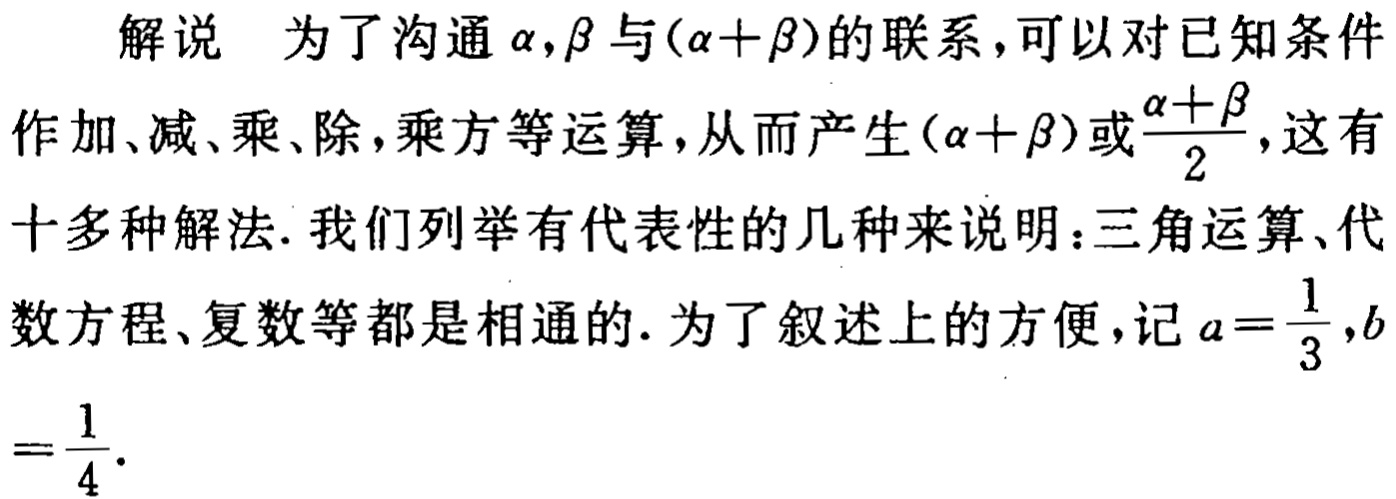
解说 为了沟通\(\alpha,\beta\)与\((\alpha + \beta)\)的联系，可以对已知条件作加、减、乘、除，乘方等运算，从而产生\((\alpha + \beta)\)或\(\frac{\alpha + \beta}{2}\)，这有十多种解法. 我们列举有代表性的几种来说明：三角运算、代数方程、复数等都是相通的. 为了叙述上的方便，记\(a = \frac{1}{3},b=\frac{1}{4}\).